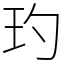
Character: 玓